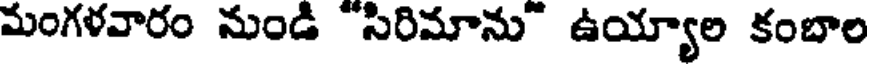
మంగళవారం నుండి సిరిమాను" ఉయ్యాల కంబాల